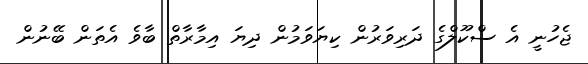
ޖެހުނީ އެ ސްކޫލްގެ ދަރިވަރުން ކިޔަވަމުން ދިޔަ އިމާރާތް ބާވެ އެތަން ބޭނުން